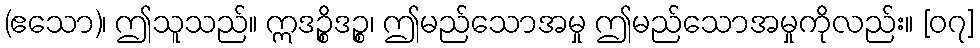
(ဧသော)၊ ဤသူသည်။ ဣဒဉ္စိဒဉ္စ၊ ဤမည်သောအမှု ဤမည်သောအမှုကိုလည်း။ [၀၇]